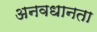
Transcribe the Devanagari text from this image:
अनवधानता